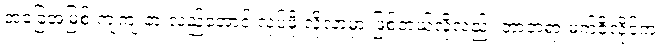
အခြေအမြစ် ကျကျ နားလည်အောင် လုပ်ဖို့ လိုလာမှာ ဖြစ်တယ်လို့လည်း ဘာဘရာ မက်ဇိုလိုင်က